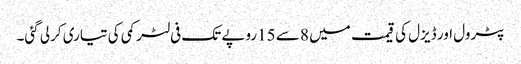
پٹرول اور ڈیزل کی قیمت میں 8 سے 15روپے تک فی لٹر کمی کی تیاری کرلی گئی۔